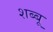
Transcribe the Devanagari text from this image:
शब्बू